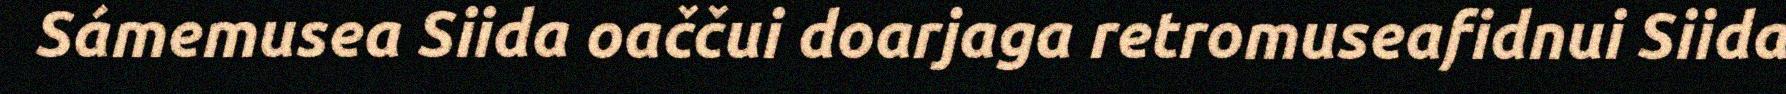
Sámemusea Siida oaččui doarjaga retromuseafidnui Siida